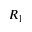
R _ { 1 }